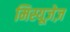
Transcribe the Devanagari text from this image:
मिस्यूज़ेज़